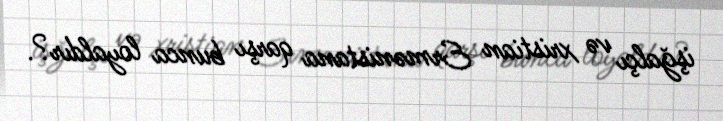
işğalçı və xristian Ermənistana qarşı bunca loyaldır?.